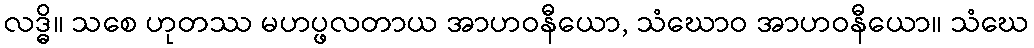
လဒ္ဓိ။ သစေ ဟုတဿ မဟပ္ဖလတာယ အာဟဝနီယော, သံဃောဝ အာဟဝနီယော။ သံဃေ